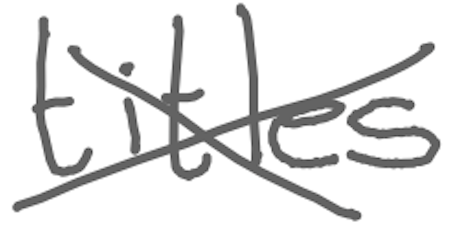
Text: titles
Cross-out: cross
Writing tool: digital_gray